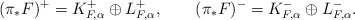
\begin{align*}(\pi_*F)^+=K_{F, \alpha}^+\oplus L_{F, \alpha}^+,\qquad(\pi_*F)^-=K_{F, \alpha}^-\oplus L_{F, \alpha}^-.\end{align*}